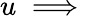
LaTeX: u\implies